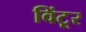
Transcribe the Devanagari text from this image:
विंटूर